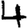
Digit: 4